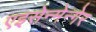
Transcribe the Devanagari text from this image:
एइसेन्मेन्गेर